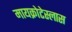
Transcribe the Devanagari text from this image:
मायक्रोटेस्लास